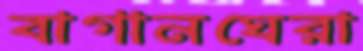
বাগানঘেরা